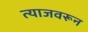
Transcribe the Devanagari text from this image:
त्याजवरून